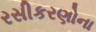
રસીકરણોના